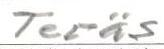
Teräs